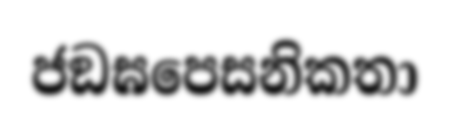
ජඞඝපෙසනිකතා